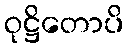
ဝုဋ္ဌိတောပိ